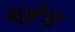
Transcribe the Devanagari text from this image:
च्हेन